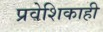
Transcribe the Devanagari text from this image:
प्रवेशिकाही